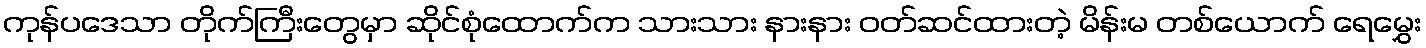
ကုန်ပဒေသာ တိုက်ကြီးတွေမှာ ဆိုင်စုံထောက်က သားသား နားနား ဝတ်ဆင်ထားတဲ့ မိန်းမ တစ်ယောက် ရေမွှေး